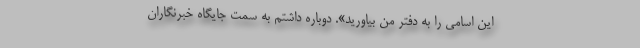
این اسامی را به دفتر من بیاورید». دوباره داشتم به سمت جایگاه خبرنگاران